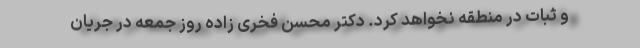
و ثبات در منطقه نخواهد کرد. دکتر محسن فخری زاده روز جمعه در جریان